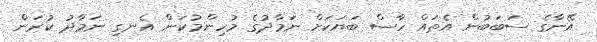
އޭނާގެ ސަބަބުން އެތައް ހާސް ބަޔަކަށް ނަމާދުގެ މުހިންމުކަން އެނގި ނަމާދު ކުރަން